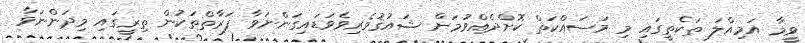
ވީމާ އަމިއްލަ ތަކެތީގައި މި މަސައްކަތް ކޮށްދެއްވުމަށް ޝައުޤުވެރިވެވަޑައިގަންނަވާ ފަރާތްތަކުން ތިރީގައި މިދަންނަވާ